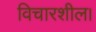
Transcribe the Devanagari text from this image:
विचारशील।